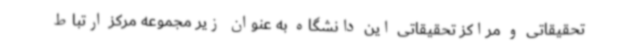
تحقیقاتی و مراکز تحقیقاتی این دانشگاه به عنوان زیر مجموعه مرکز ارتباط